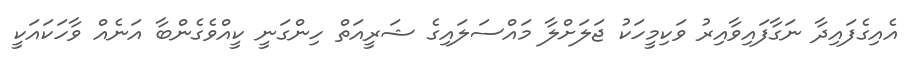
އެއިގެފައިދާ ނަގާފައިވާއިރު ވަކިމީހަކު ޖަލަށްލާ މައްސަލައިގެ ޝަރީއަތް ހިންގަނީ ކީއްވެގެންބާ އަނެއް ވާހަކައަކީ